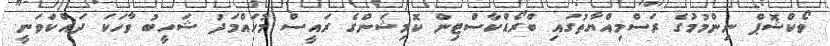
ވޯކްްޝޮޕް ނިންމުމުގެ ރަސްމިއްޔާތުގައި ބްރޯޑްކާސްޓިން ކޮމިޝަންގެ ރައީސް މުހައްމަދު ޝަހީބު ވާހަކަ ދައްކަވަނީ.